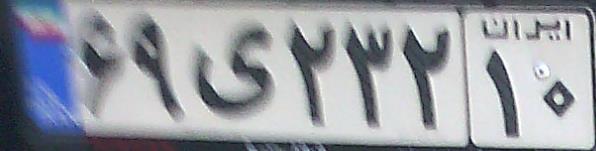
۶۹ی۲۳۲۱۰